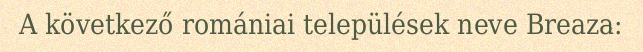
A következő romániai települések neve Breaza: